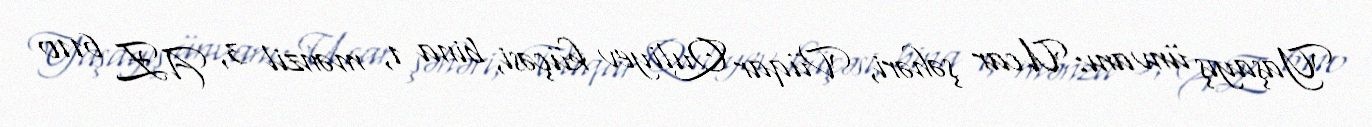
Yaşayış ünvanı: Ucar şəhəri, Vüqar Quliyev küçəsi, bina 1, mənzil 3, AZ 6110